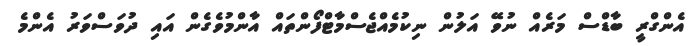
އެންގްރީ ބާޑްސް މަރެއް ނުވޭ އަލުން ނިކުމެއްޖެސްމާޓްފޯންތައް އާންމުވެގެން އައި ދުވަސްވަރު އެންމެ